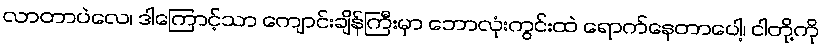
လာတာပဲလေ၊ ဒါကြောင့်သာ ကျောင်းချိန်ကြီးမှာ ဘောလုံးကွင်းထဲ ရောက်နေတာပေါ့၊ ငါတို့ကို